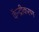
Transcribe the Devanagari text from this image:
केंन्द्रीकरण